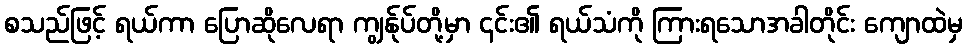
စသည်ဖြင့် ရယ်ကာ ပြောဆိုလေရာ ကျွန်ုပ်တို့မှာ ၎င်း၏ ရယ်သံကို ကြားရသောအခါတိုင်း ကျောထဲမှ